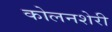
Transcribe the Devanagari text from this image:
कोलनशेरी